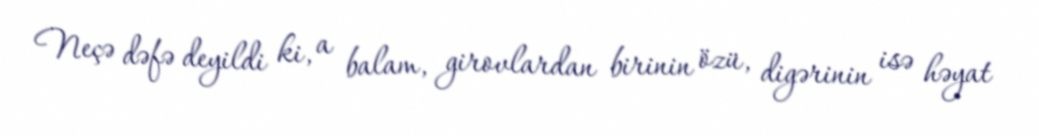
Neçə dəfə deyildi ki, a balam, girovlardan birinin özü, digərinin isə həyat